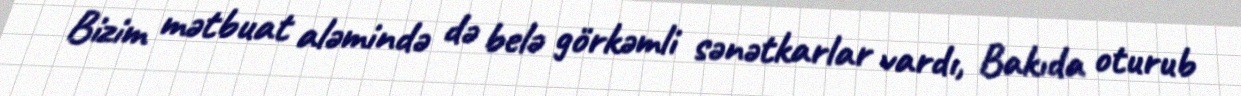
Bizim mətbuat aləmində də belə görkəmli sənətkarlar vardı, Bakıda oturub